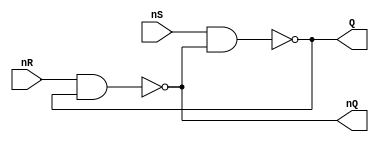
module RS_trig(nR, nS, Q, nQ); // SR -    "-"
	
	input nR, nS; //    ( 0 -  1  "-")
	output Q,nQ;
	
	assign Q = ~(nS & nQ);
	assign nQ = ~(nR & Q);
	
endmodule